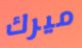
ميرك